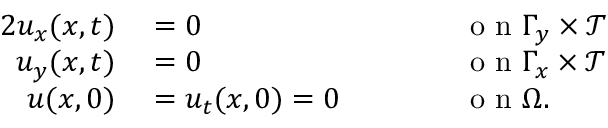
\begin{array} { r l r l } { { 2 } u _ { x } ( \boldsymbol { x } , t ) } & { { } = 0 } & { } & { { } \qquad \mathrm { ~ o ~ n ~ } \Gamma _ { y } \times \mathcal { T } } \\ { u _ { y } ( \boldsymbol { x } , t ) } & { { } = 0 } & { } & { { } \qquad \mathrm { ~ o ~ n ~ } \Gamma _ { x } \times \mathcal { T } } \\ { u ( \boldsymbol { x } , 0 ) } & { { } = u _ { t } ( \boldsymbol { x } , 0 ) = 0 } & { } & { { } \qquad \mathrm { ~ o ~ n ~ } \Omega . } \end{array}